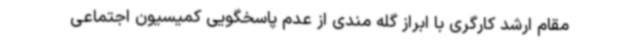
مقام ارشد کارگری با ابراز گله مندی از عدم پاسخگویی کمیسیون اجتماعی